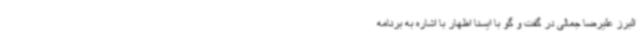
البرز علیرضا جمالی در گفت و گو با ایسنا اظهار با اشاره به برنامه